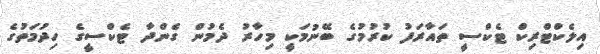
އިލެކްޓްރިކް ޓެކްސީ ތައާރަފު ކުރުމުގެ ބޭނުމަކީ މިހާރު ދެމުން ގެންދާ ޓެކްސީގެ ހިދުމަތުގެ